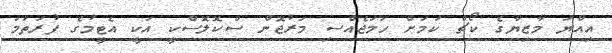
އިއްޔަ މާޒިޔާގެ ކޯޗް ކަމަށް ހަމަޖެއްސި މަރުޖޮން ސްކޮލޮސްކީ އަކީ އެޓީމުގެ ފުރަތަމަ